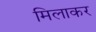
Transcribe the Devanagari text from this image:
मिलाकर